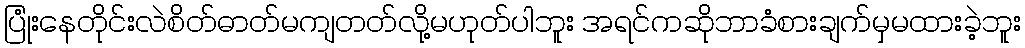
ပြုံးနေတိုင်းလဲစိတ်ဓာတ်မကျတတ်လို့မဟုတ်ပါဘူး အရင်ကဆိုဘာခံစားချက်မှမထားခဲ့ဘူး